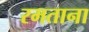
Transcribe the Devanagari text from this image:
रमताना